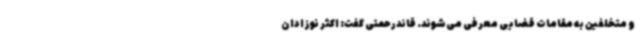
و متخلفین به مقامات قضایی معرفی می‌شوند. قائدرحمتی گفت: اکثر نوزادان